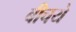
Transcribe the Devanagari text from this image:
बीचये